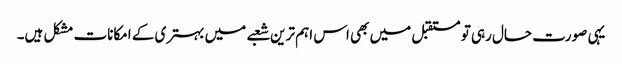
یہی صورت حال رہی تو مستقبل میں بھی اس اہم ترین شعبے میں بہتری کے امکانات مشکل ہیں۔